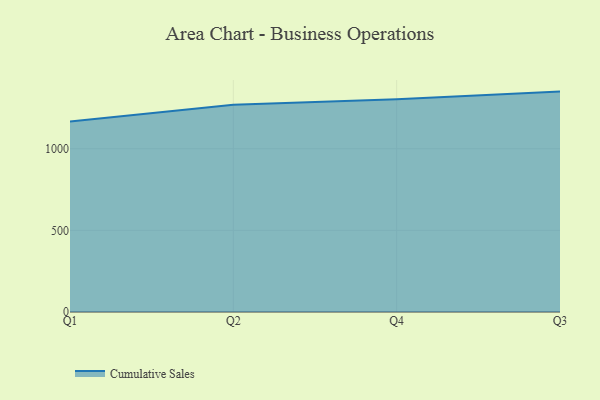
{"axis": {"x": "Quarter", "y": "Gross Profit (USD K)"}, "legend": ["Cumulative Sales"], "data": [{"x": "Q1", "y": 1166.6, "type": "Cumulative Sales"}, {"x": "Q2", "y": 1269.8, "type": "Cumulative Sales"}, {"x": "Q4", "y": 1302.7, "type": "Cumulative Sales"}, {"x": "Q3", "y": 1350.0, "type": "Cumulative Sales"}]}